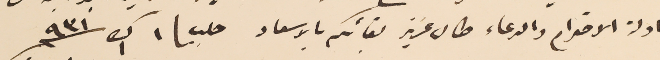
ادلة الاحترام والدعاء طال عزيز بقائكم بالاسعاد حلب \ ١ ك١ سنة ٩٣١